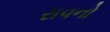
રાવનો